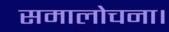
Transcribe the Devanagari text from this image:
समालोचना।